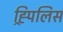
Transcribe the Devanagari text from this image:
ह्र्पिलिस